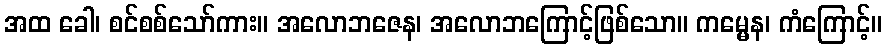
အထ ခေါ၊ စင်စစ်သော်ကား။ အလောဘဇေန၊ အလောဘကြောင့်ဖြစ်သော။ ကမ္မေန၊ ကံကြောင့်။